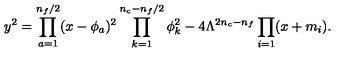
y ^ { 2 } = \prod _ { a = 1 } ^ { n _ { f } / 2 } ( x - \phi _ { a } ) ^ { 2 } \prod _ { k = 1 } ^ { n _ { c } - n _ { f } / 2 } \phi _ { k } ^ { 2 } - 4 \Lambda ^ { 2 n _ { c } - n _ { f } } \prod _ { i = 1 } ( x + m _ { i } ) .